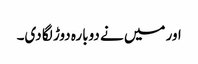
اور میں نے دوبارہ دوڑ لگا دی۔